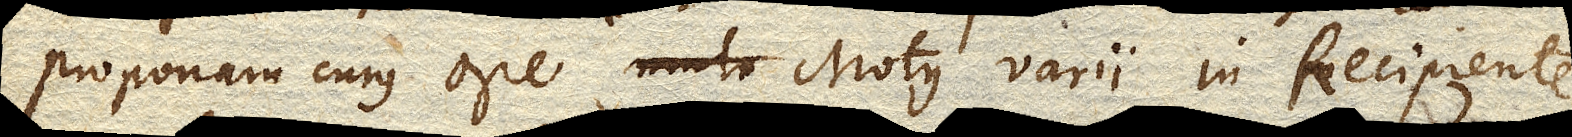
proponam cujus ope Motus varii in Recipiente